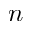
n